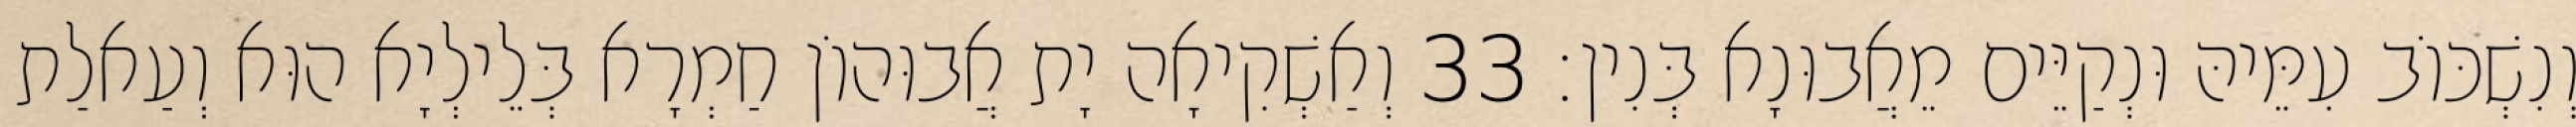
וְנִשְׁכּוֹב עִמֵּיהּ וּנְקַיֵּים מֵאֲבוּנָא בְּנִין׃ 33 וְאַשְׁקִיאָה יָת אֲבוּהוֹן חַמְרָא בְּלֵילְיָא הוּא וְעַאלַת